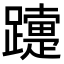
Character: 𨆫